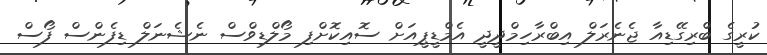
ކުރީގެ ބްރިގޭޑިއާ ޖެނެރަލް އިބްރާހިމްދީދީ އެމްޑީޕީއަށް ސޮއިކޮށްފި މޯލްޑިވްސް ނެޝެނަލް ޑިފެންސް ފޯސް